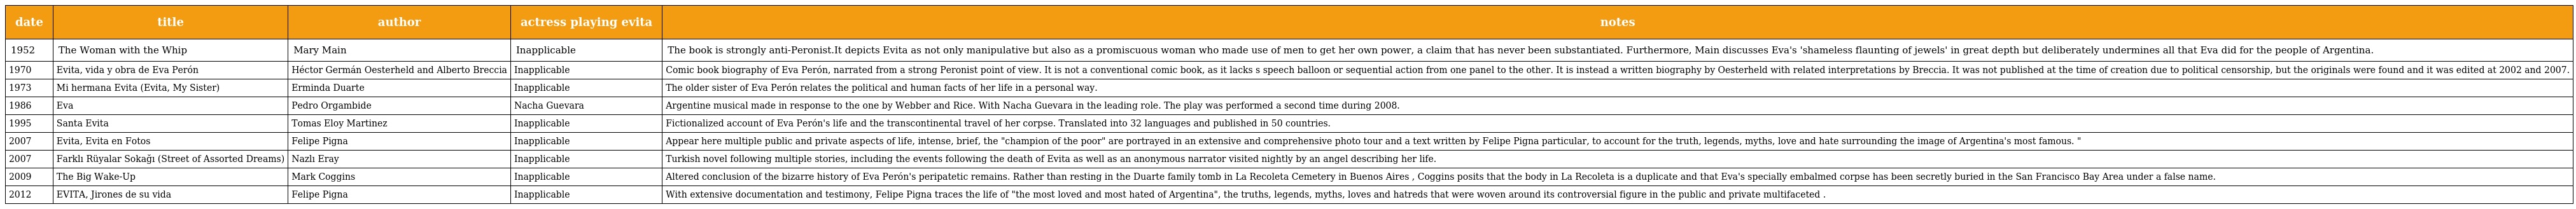
| date | title | author | actress playing evita | notes |
 | --- | --- | --- | --- | --- |
 | 1952 | The Woman with the Whip | Mary Main | Inapplicable | The book is strongly anti-Peronist.It depicts Evita as not only manipulative but also as a promiscuous woman who made use of men to get her own power, a claim that has never been substantiated. Furthermore, Main discusses Eva's 'shameless flaunting of jewels' in great depth but deliberately undermines all that Eva did for the people of Argentina. |
 | 1970 | Evita, vida y obra de Eva Perón | Héctor Germán Oesterheld and Alberto Breccia | Inapplicable | Comic book biography of Eva Perón, narrated from a strong Peronist point of view. It is not a conventional comic book, as it lacks s speech balloon or sequential action from one panel to the other. It is instead a written biography by Oesterheld with related interpretations by Breccia. It was not published at the time of creation due to political censorship, but the originals were found and it was edited at 2002 and 2007. |
 | 1973 | Mi hermana Evita (Evita, My Sister) | Erminda Duarte | Inapplicable | The older sister of Eva Perón relates the political and human facts of her life in a personal way. |
 | 1986 | Eva | Pedro Orgambide | Nacha Guevara | Argentine musical made in response to the one by Webber and Rice. With Nacha Guevara in the leading role. The play was performed a second time during 2008. |
 | 1995 | Santa Evita | Tomas Eloy Martinez | Inapplicable | Fictionalized account of Eva Perón's life and the transcontinental travel of her corpse. Translated into 32 languages and published in 50 countries. |
 | 2007 | Evita, Evita en Fotos | Felipe Pigna | Inapplicable | Appear here multiple public and private aspects of life, intense, brief, the "champion of the poor" are portrayed in an extensive and comprehensive photo tour and a text written by Felipe Pigna particular, to account for the truth, legends, myths, love and hate surrounding the image of Argentina's most famous. " |
 | 2007 | Farklı Rüyalar Sokağı (Street of Assorted Dreams) | Nazlı Eray | Inapplicable | Turkish novel following multiple stories, including the events following the death of Evita as well as an anonymous narrator visited nightly by an angel describing her life. |
 | 2009 | The Big Wake-Up | Mark Coggins | Inapplicable | Altered conclusion of the bizarre history of Eva Perón's peripatetic remains. Rather than resting in the Duarte family tomb in La Recoleta Cemetery in Buenos Aires , Coggins posits that the body in La Recoleta is a duplicate and that Eva's specially embalmed corpse has been secretly buried in the San Francisco Bay Area under a false name. |
 | 2012 | EVITA, Jirones de su vida | Felipe Pigna | Inapplicable | With extensive documentation and testimony, Felipe Pigna traces the life of "the most loved and most hated of Argentina", the truths, legends, myths, loves and hatreds that were woven around its controversial figure in the public and private multifaceted . |